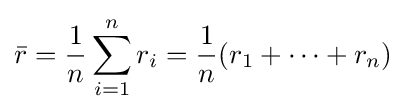
{\bar {r}}={\frac {1}{n}}\sum _{i=1}^{n}{r_{i}}={\frac {1}{n}}(r_{1}+\cdots +r_{n})